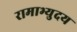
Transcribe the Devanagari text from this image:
रामाभ्युदय